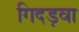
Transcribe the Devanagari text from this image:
गिदड़वा